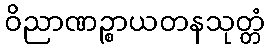
ဝိညာဏဉ္စာယတနသုတ္တံ